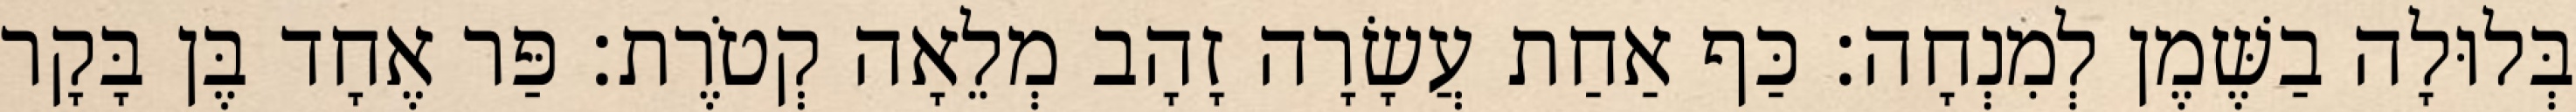
בְּלוּלָה בַשֶּׁמֶן לְמִנְחָה׃ כַּף אַחַת עֲשָׂרָה זָהָב מְלֵאָה קְטֹרֶת׃ פַּר אֶחָד בֶּן בָּקָר